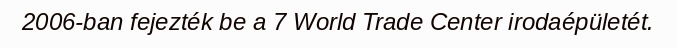
2006-ban fejezték be a 7 World Trade Center irodaépületét.